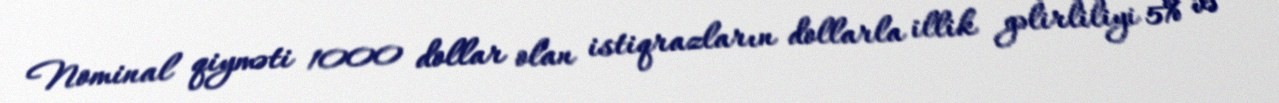
Nominal qiyməti 1000 dollar olan istiqrazların dollarla illik gəlirliliyi 5% və